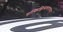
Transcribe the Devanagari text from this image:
यत्किञ्चित्सचराचरम्